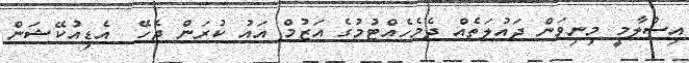
އިސްލާމީ މިނިވަން ދައުލަތެއް ދެމެހެއްޓުމުގެ އަޒުމް އައު ކުރަން ޖެހޭ  އެޑިއުކޭޝަން